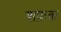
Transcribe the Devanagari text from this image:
शफ़क